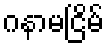
ဂနာမငြိမ်